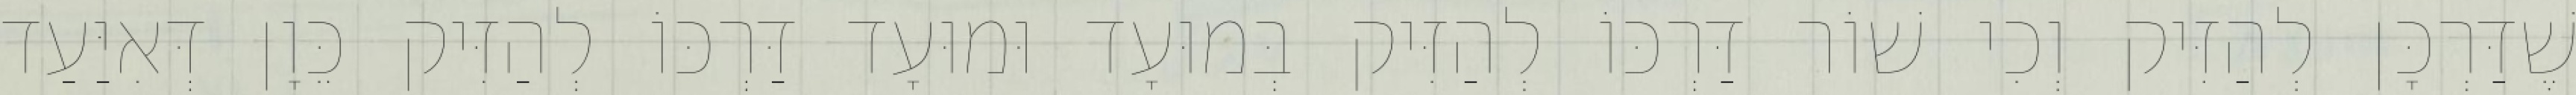
שֶׁדַּרְכָּן לְהַזִּיק וְכִי שׁוֹר דַּרְכּוֹ לְהַזִּיק בְּמוּעָד וּמוּעָד דַּרְכּוֹ לְהַזִּיק כֵּוָן דְּאִיַּעַד